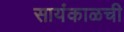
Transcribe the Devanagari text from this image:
सायंकाळची